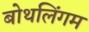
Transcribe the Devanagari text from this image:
बोथलिंगम